Bréfritari: Ásgeir Tryggvi Friðgeirsson
Viðtakandi: Einar Friðgeirsson
Dagsetning: A-1888-04-14
Skrifað á: Nesi  S-Þing.
Ásgeir er bróðir Einars

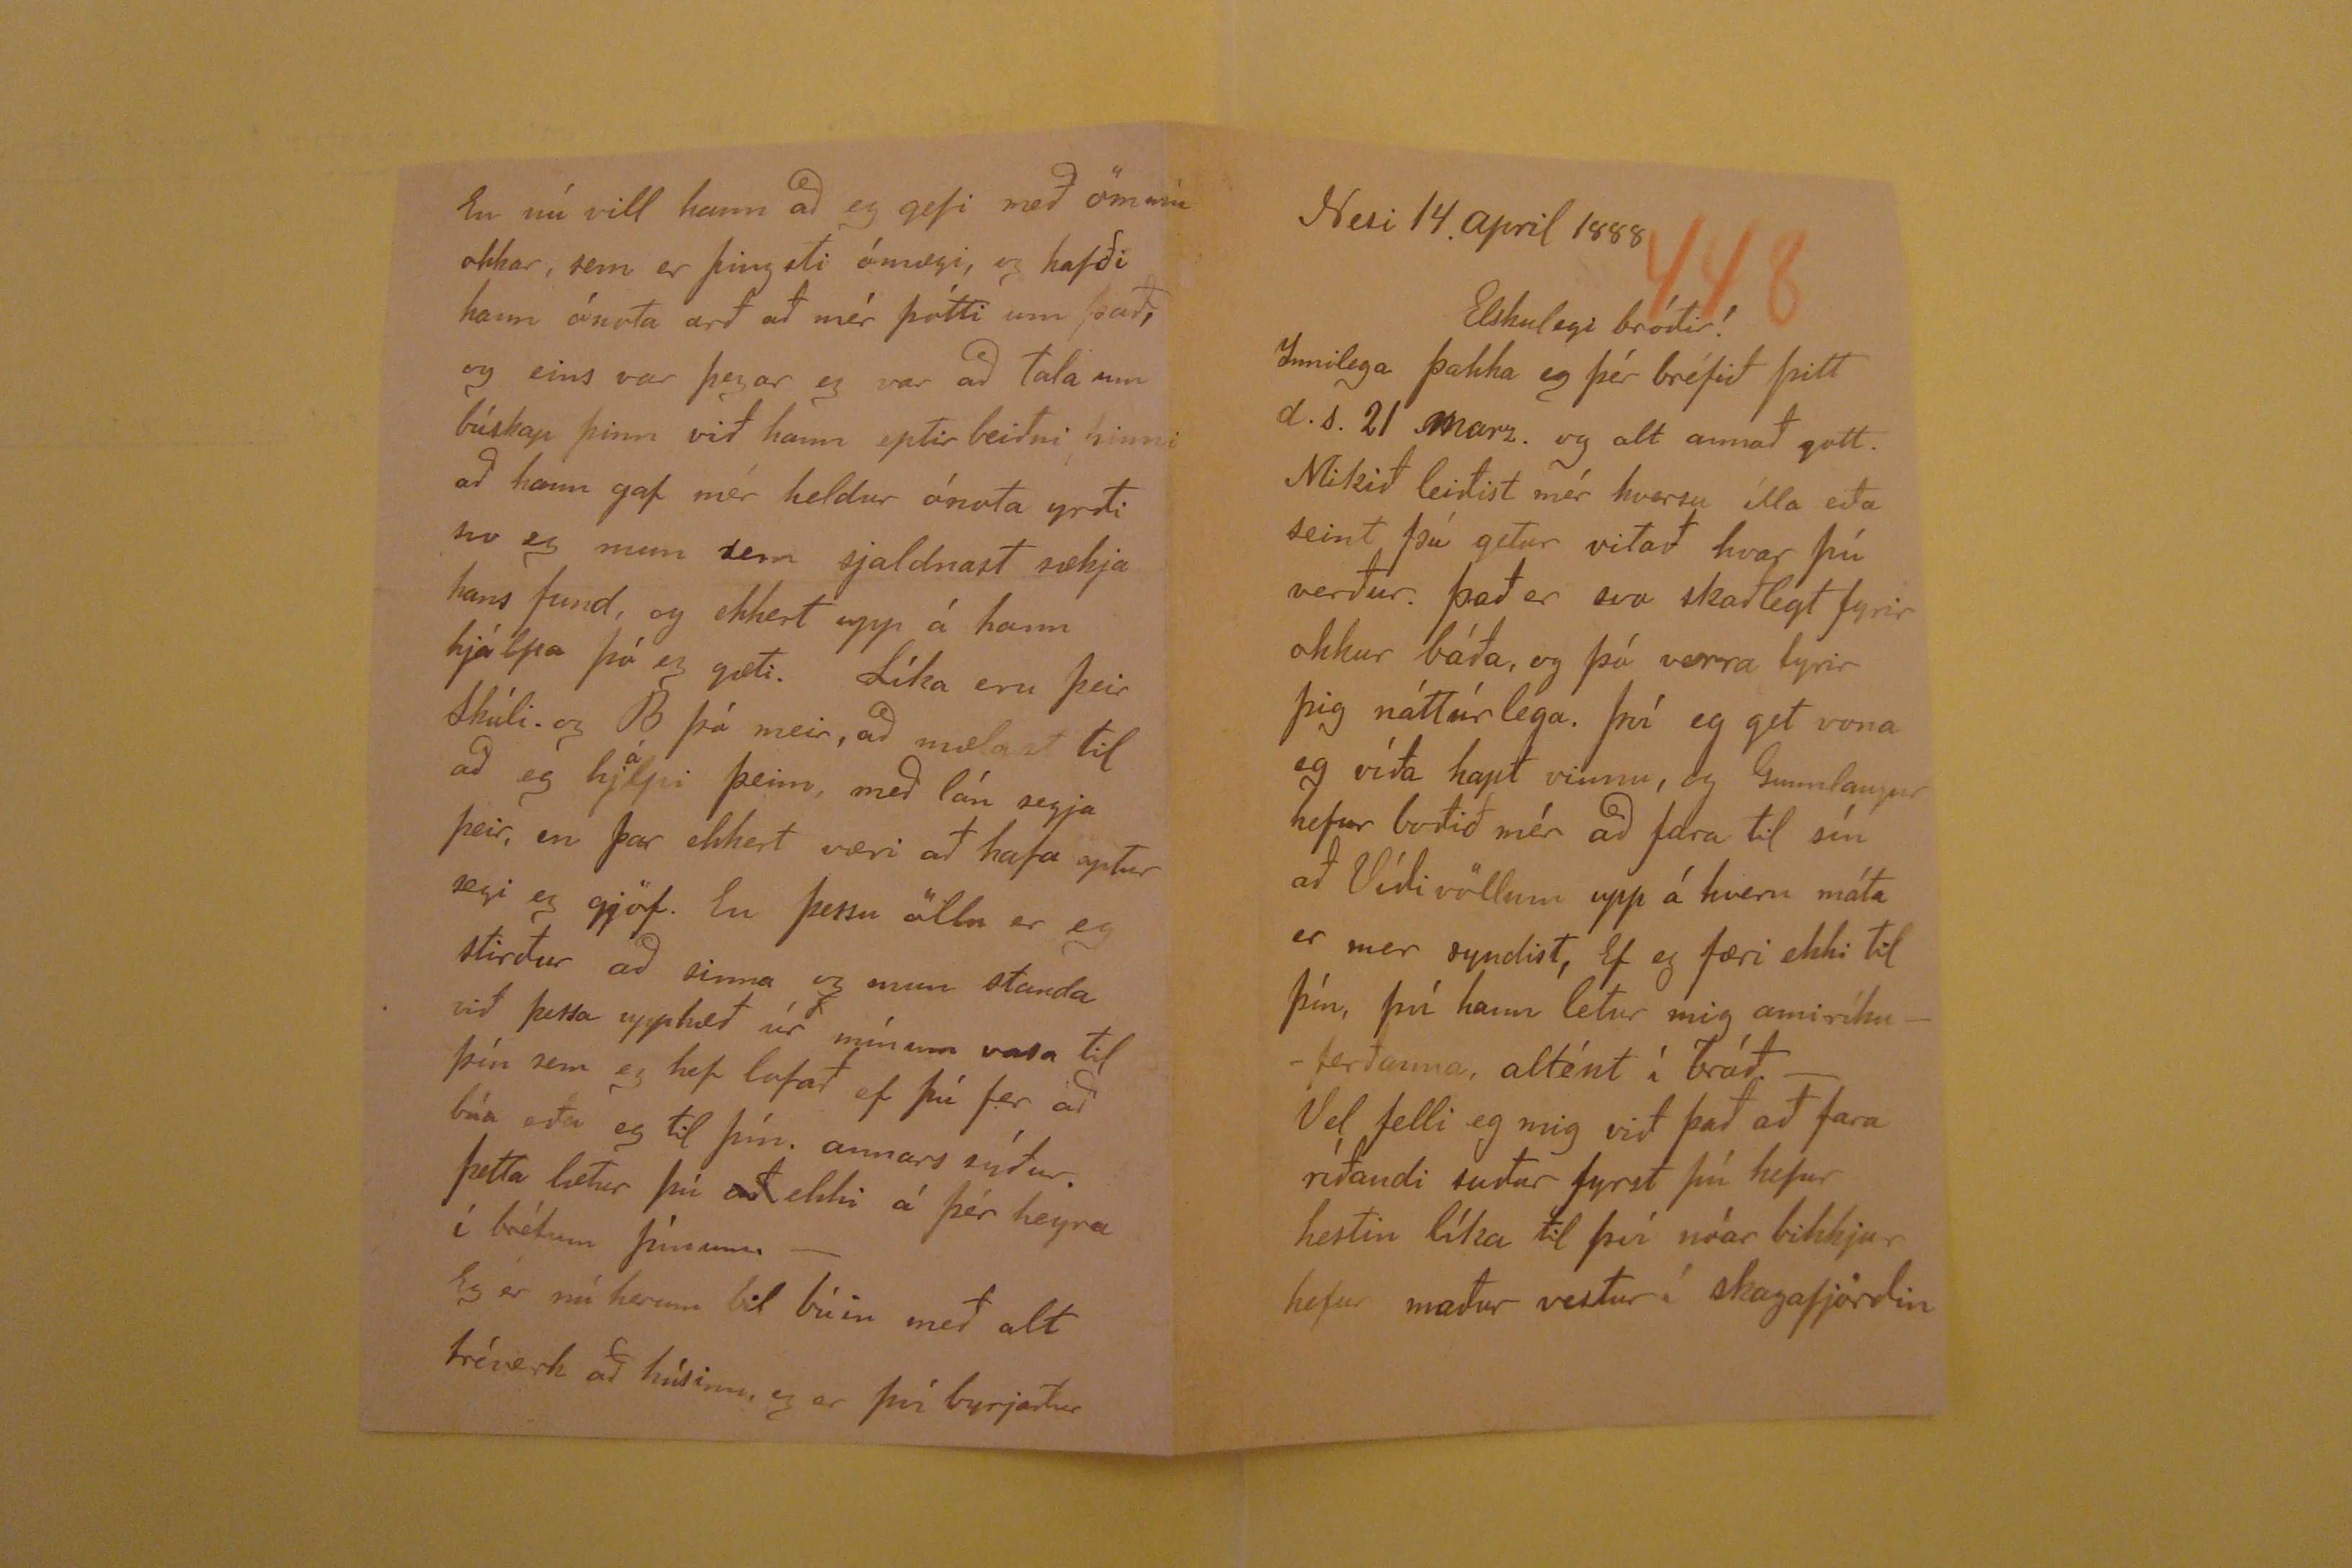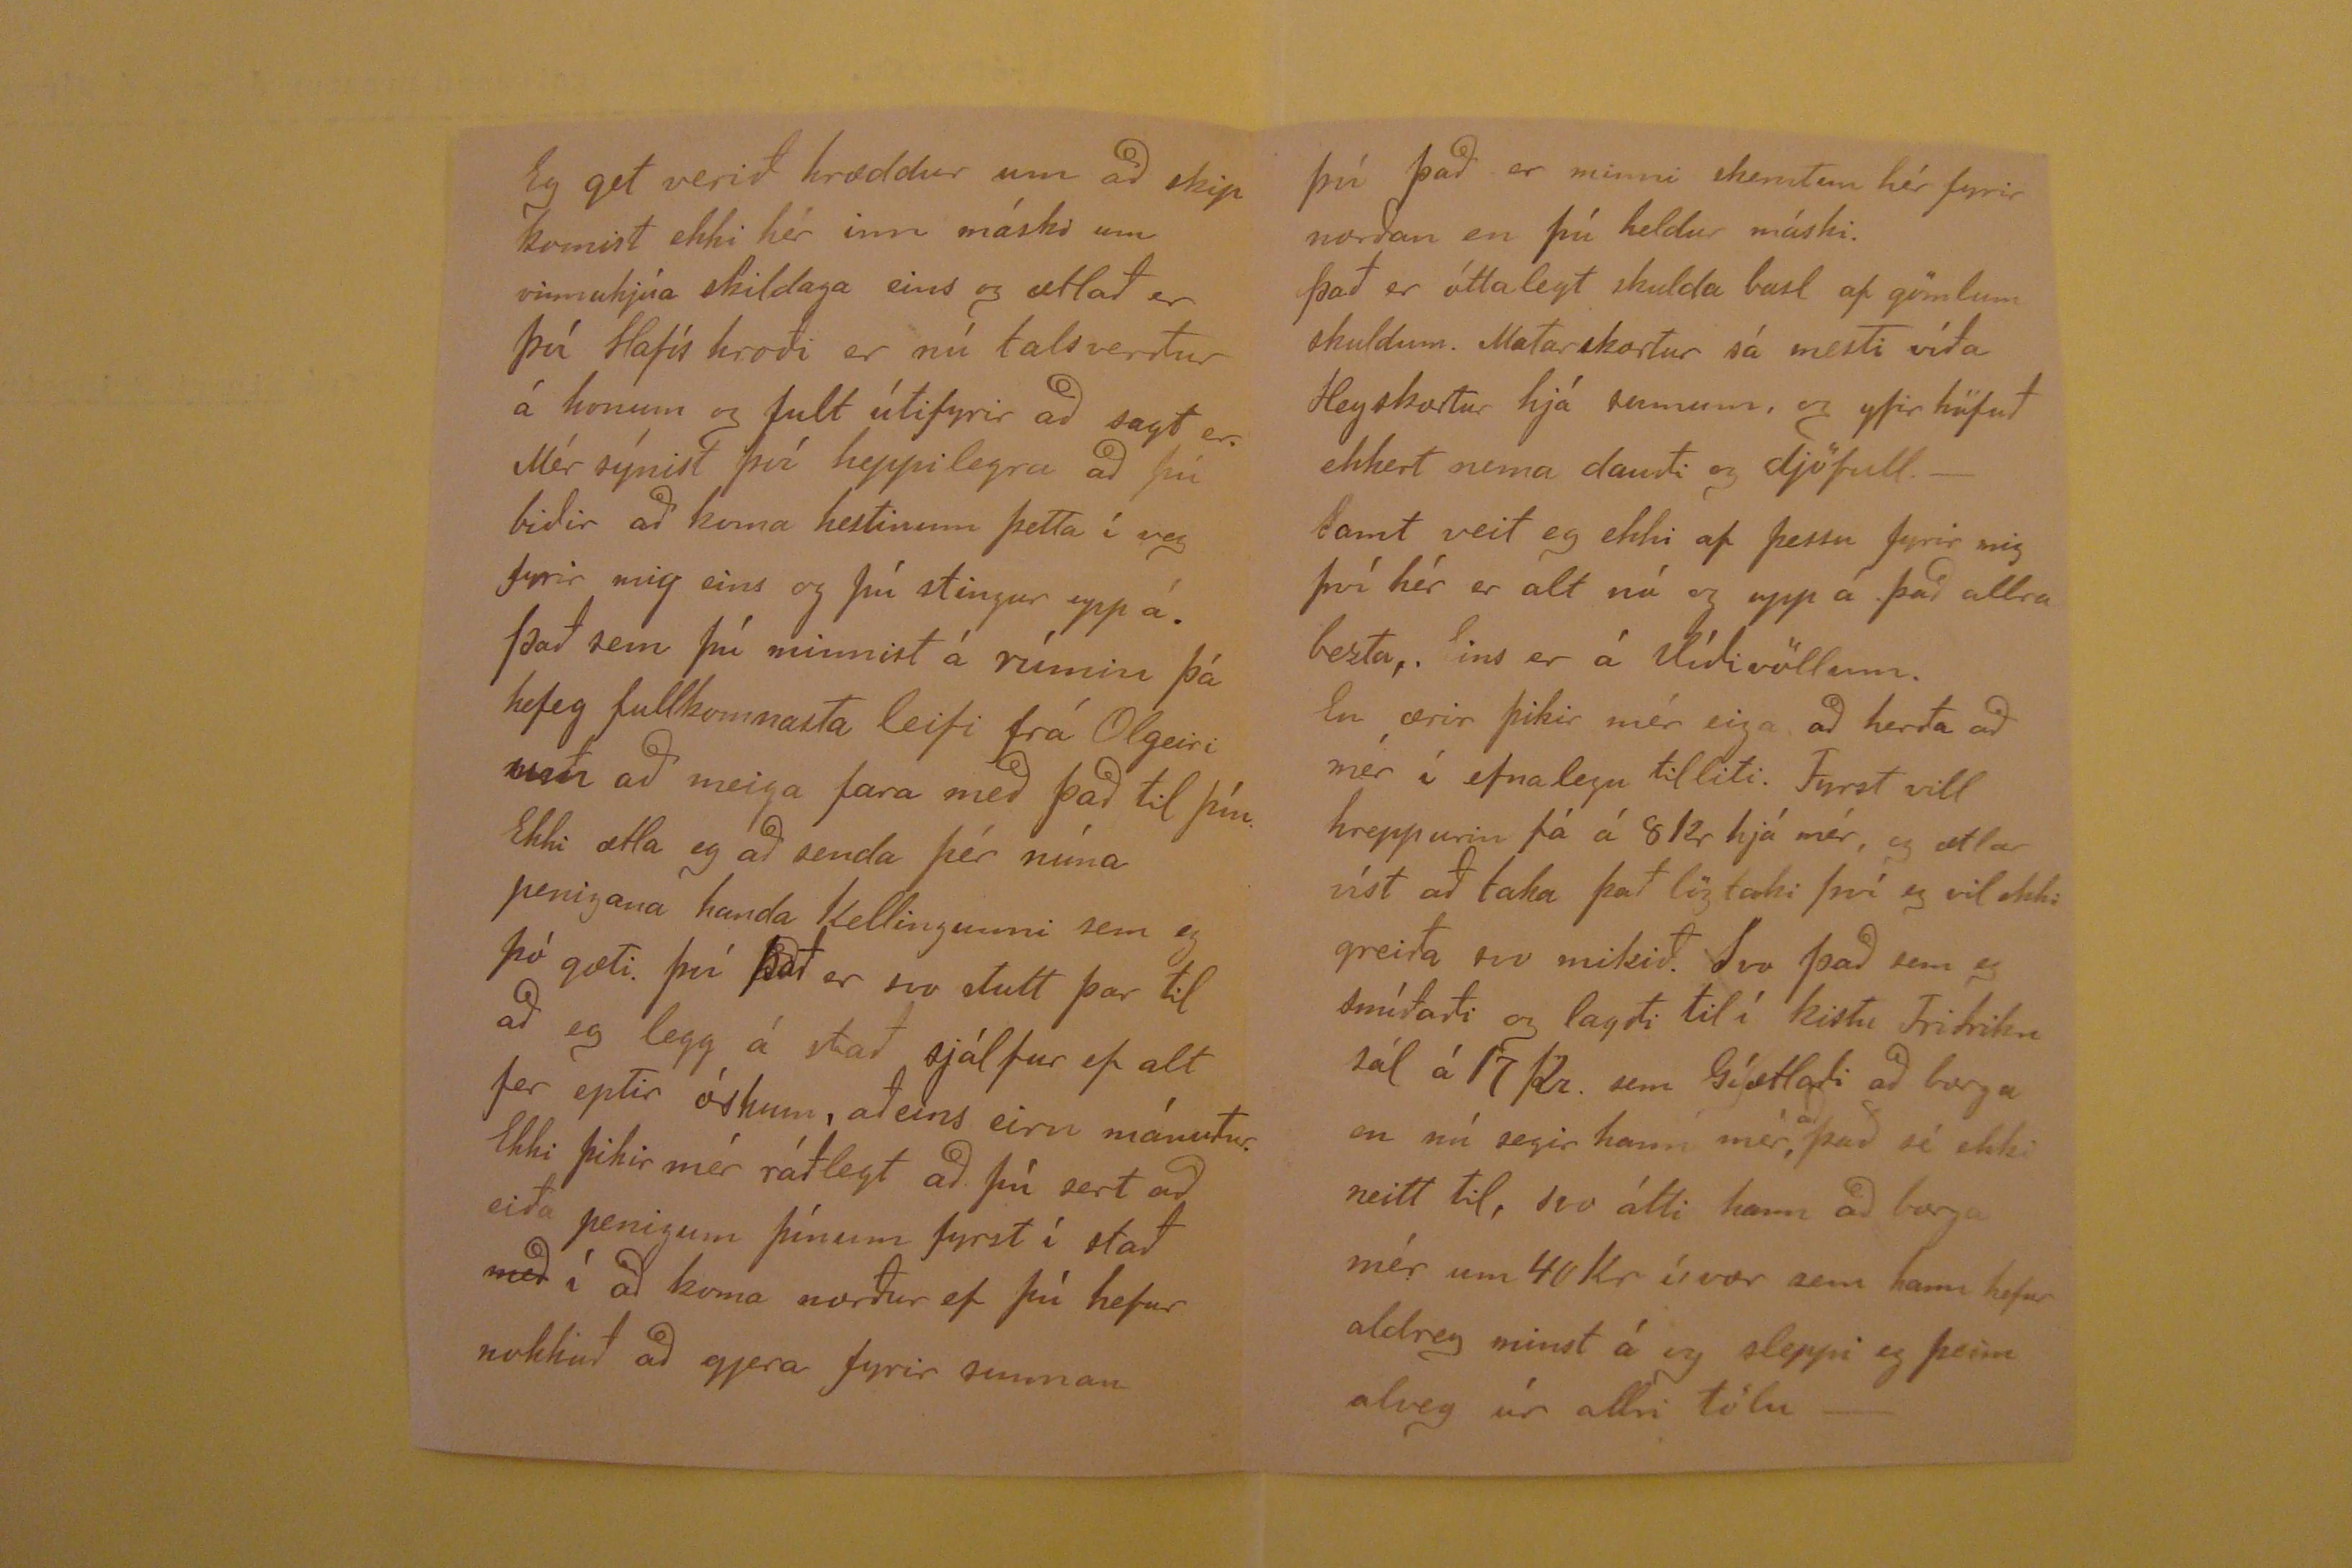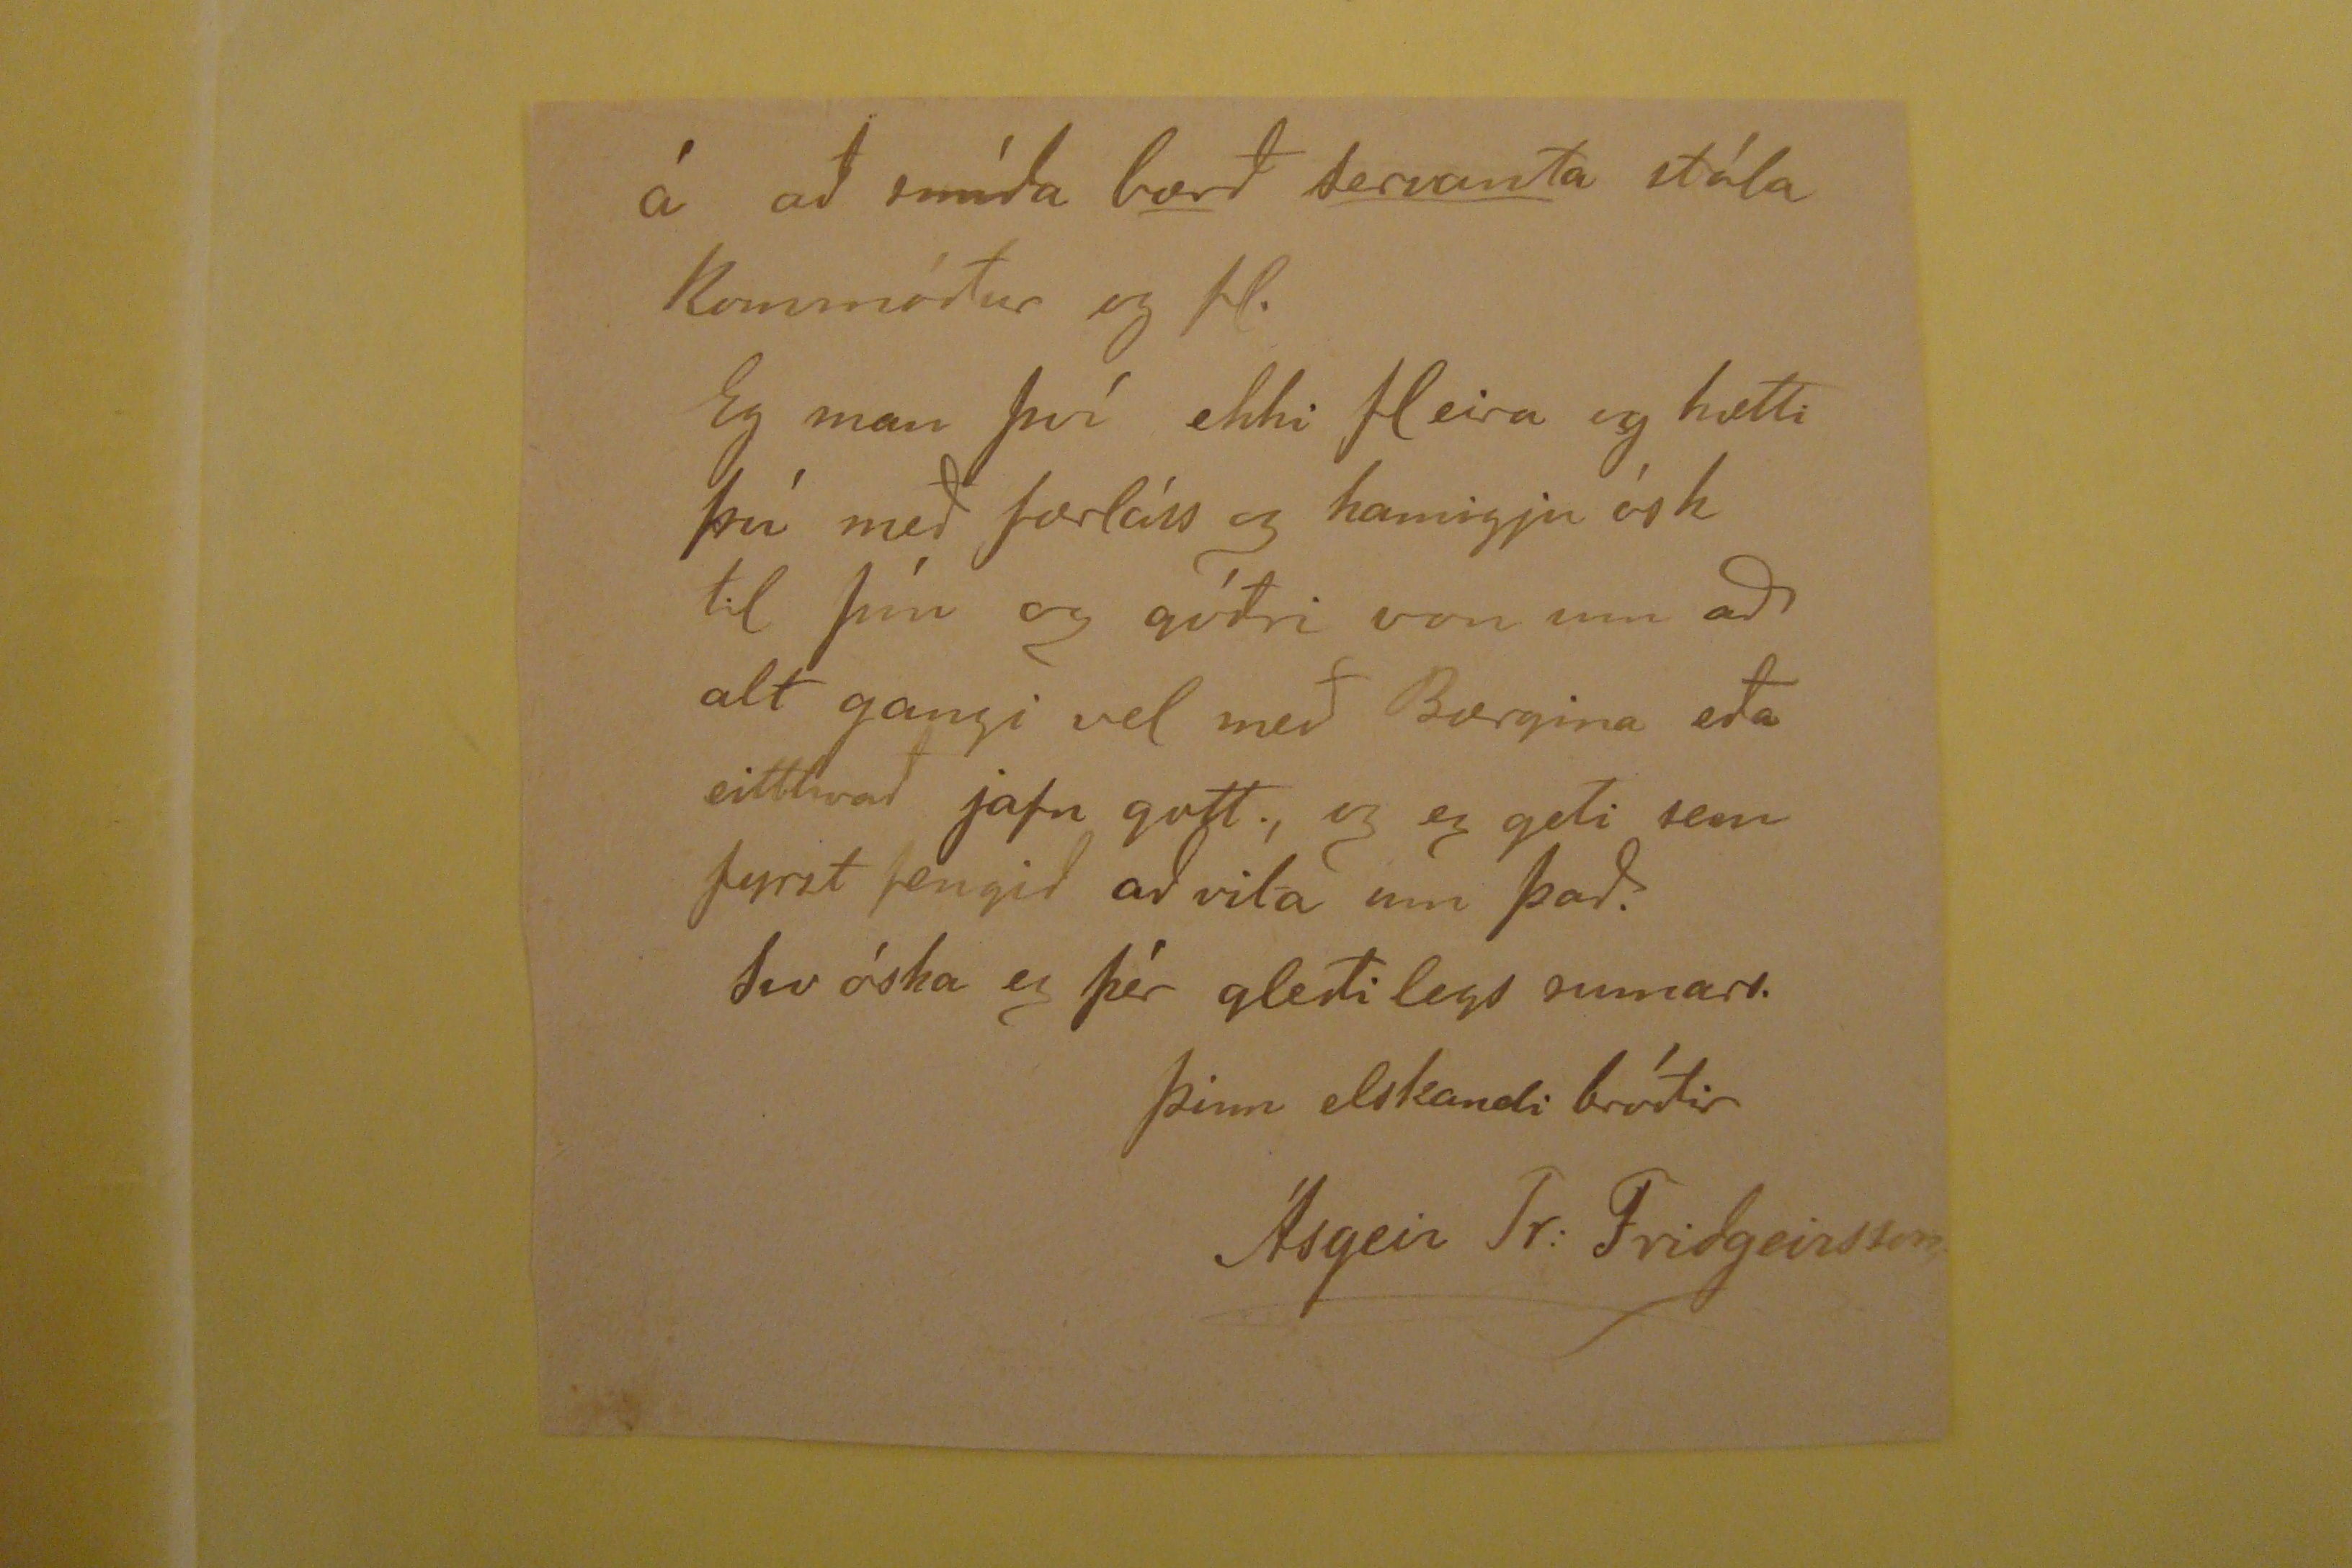

Nesi 14. april 1888
Elskulegi bróðir!
Innilega þakka eg þér bréfið þitt d.s. 21 marz. og alt annað gott. Mikið leiðist mér hversu ílla eða seint þú getur vitað hvar þú verður. Það er svo skaðlegt fyrir
okkur báða, og þó verra fyrir þig náttúlega. Því eg get vona eg víða hapt vinnu, og Gunnlaugur hefur boðið mér að fara til sína að Víðivöllum upp á hvern máta er mer
syndist, Ef eg færi ekki til þín, því hann letur mig amiríkuferðanna, altént í bráð.- Vel felli eg mig við það að fara ríðandi suður fyrst þú hefur hestin líka til því nóar
bikkjur hefur maður vestur í skagafjörðin
Eg get verið hræddur um að skip komist ekki hér inn máski um vinnuhjúa skildaga eins og ætlað er því Hafís hroði er nú talsverður á honum og fult útifyrir að sagt
er. Mér sýnist því heppilegra að þú biður hann koma hestinum þetta í veg fyrir mig eins og þú stingur upp á. Það sem þú minnist á rímin þá hefeg fullkomnasta leifi
frá Olgeiri um að meiga fara með það til þín. EKki ætla eg að senda þér núna peningana handa kellingunni sem eg þó gæti. því það er svo stutt þar til að eg legg á stað
sjálfur ef alt fer eptir óskum, aðeins eirn mánuður. Ekki þikir mér ráðlegt að þú sert að eiða peningum þínum fyrst í stað
með
í að koma norður ef þú hefur nokkuð að gjera fyrir sunnan
því það er minni skemtun hér fyrir norðan en þú heldur máski. Það er óttalegt skulda basl af gömlum skuldum. Matarskortur sá mesti víða Heyskortur hjá sumum,
og yfir höfuð ekkert nema dauði og djöfull.- Samt veit eg ekki af þessu fyrir mig því hér er alt nú og upp á það allra bezta, .EIns er á Víðivöllum. En ærir þikir mér eiga
að herða að mér í efnalegu tilliti. Fyrst vill hreppurin fá á 8 kr hjá mér, og ætlar víst að taka það lögtaki því eg vil ekki greiða svo mikið. Svo það sem eg smíðaði og
lagði til í kistu Friðriku sál á 17 Kr. sem Gí|ætlaði að borga en nú segir hann mér,
að
það sé ekki neitt til, svo átti
hann að borga mér um 40 Kr í, vor sem hann hefur aldreg minst á og sleppi eg þeim alveg úr allri tölu-
En nú vill hann að eg gefi með ömmu okkar, sem er þingsti ómægi, og hafði hann ónota arð af mér þótti um það, og eins var þegar eg var að tala um búskap þinn
við hann eptir beiðni þinni að hann gaf mér heldur ónota yrði svo eg mun sem sjaldnast sækja hans fund, og ekkert upp á hann hjálpa þó eg gæti. Líka eru þeir Skúli.
og B þá meir, að mælast til að eg hj
á
lpi þeim, með lán segja þeir, en þar ekkert væri aðhafa aptur segi eg gjöf. En
þessu öllu er eg stirður að sinna og mun standa við þessa upphæð úr mínum vasa til þín sem eg hef lofað ef þú fer að búa eða eg til þín. annars sýður. Þetta lætur
þú
að
ekki á þér heyra í bréfum þínum.- Eg er nú herum bil búin með alt tréverk að húsinu, eg er því byrjaður
á að smíða
boprð Servanta
stóla Kommóður og fl. Eg man því ekki fleira og hætti því með forláss og hamigju ósk til þín og góðri
von um að alt gangi vel með Borgina eða eitthvað jafn gott., og eg geti sem fyrzt fengið að vita um það. Svo óska eg þér gleðilegs sumars.
Þinn elskandi bróðir
Ásgeir Tr: Friðgiersson